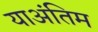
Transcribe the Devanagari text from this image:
याअंतिम